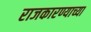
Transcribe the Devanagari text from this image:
राजकारण्याच्या